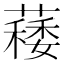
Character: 𦾎